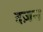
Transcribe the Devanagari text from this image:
दज़न